Indian journal of veterinary science and animal husbandry - Volumes 28-29, 1958-1959
Year: 1958
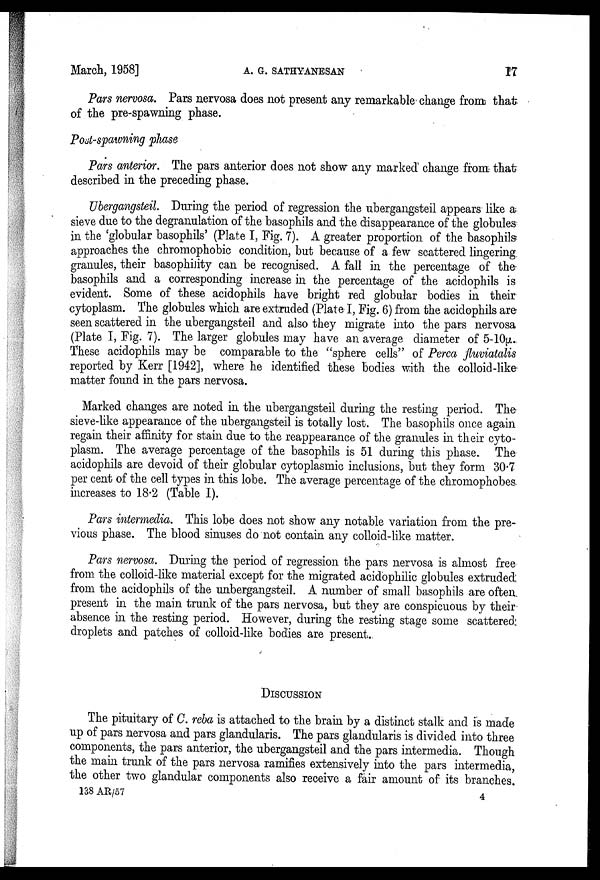
March, 1958]
A.
G.
SATHYANESAN
17
Pars nervosa. Pars nervosa does not present any remarkable change from that
of the pre-spawning phase.
Post-spawning phase
Pars anterior. The pars anterior does not show any marked change from that
described in the preceding phase.
Ubergangsteil. During the period of regression the ubergangsteil appears like a
sieve due to the degranulation of the basophils and the disappearance of the globules
in the 'globular basophils' (Plate I, Fig. 7). A greater proportion of the basophils
approaches the chromophobic condition, but because of a few scattered lingering
granules, their basophility can be recognised. A fall in the percentage of the
basophils and a corresponding increase in the percentage of the acidophils is
evident. Some of these acidophils have bright red globular bodies in their
cytoplasm. The globules which are extruded (Plate I, Fig. 6) from the acidophils are
seen scattered in the ubergangsteil and also they migrate into the pars nervosa
(Plate I, Fig. 7). The larger globules may have an average diameter of 5-10µ.
These acidophils may be comparable to the "sphere cells" of Perca fluviatalis
reported by Kerr [1942], where he identified these bodies with the colloid-like
matter found in the pars nervosa.
Marked changes are noted in the ubergangsteil during the resting period. The
sieve-like appearance of the ubergangsteil is totally lost. The basophils once again
regain their affinity for stain due to the reappearance of the granules in their cyto-
plasm. The average percentage of the basophils is 51 during this phase. The
acidophils are devoid of their globular cytoplasmic inclusions, but they form 30.7
per cent of the cell types in this lobe. The average percentage of the chromophobes
increases to 18.2 (Table I).
Pars intermedia. This lobe does not show any notable variation from the pre-
vious phase. The blood sinuses do not contain any colloid-like matter.
Pars nervosa. During the period of regression the pars nervosa is almost free
from the colloid-like material except for the migrated acidophilic globules extruded
from the acidophils of the unbergangsteil. A number of small basophils are often
present in the main trunk of the pars nervosa, but they are conspicuous by their
absence in the resting period. However, during the resting stage some scattered
droplets and patches of colloid-like bodies are present.
DISCUSSION
The pituitary of C. reba is attached to the brain by a distinct stalk and is made
up of pars nervosa and pars glandularis. The pars glandularis is divided into three
components, the pars anterior, the ubergangsteil and the pars intermedia. Though
the main trunk of the pars nervosa ramifies extensively into the pars intermedia,
the other two glandular components also receive a fair amount of its branches.
138 AR/57
4